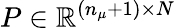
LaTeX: P\in\mathbb{R}^{(n_{\mu}+1)\times N}